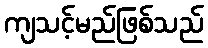
ကျသင့်မည်ဖြစ်သည်